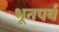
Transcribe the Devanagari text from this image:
भूतपर्व